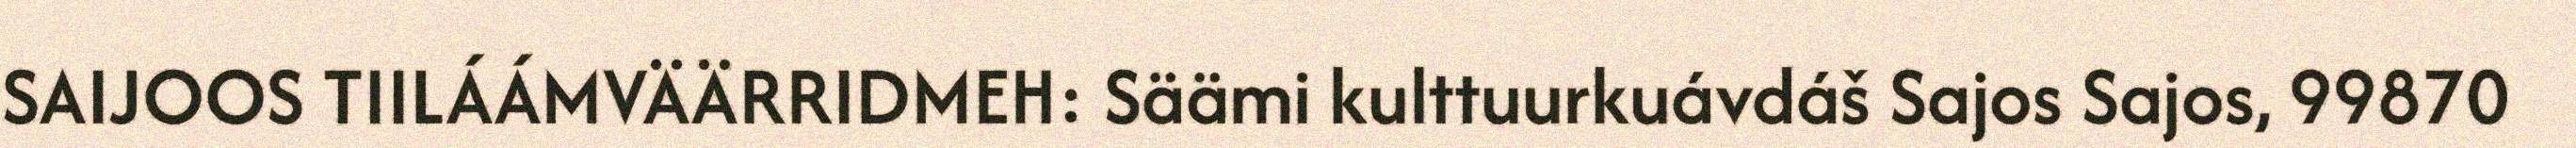
SAIJOOS TIILÁÁMVÄÄRRIDMEH: Säämi kulttuurkuávdáš Sajos Sajos, 99870